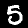
Digit: 5